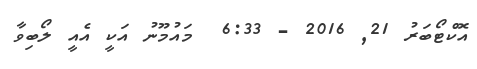
އޮކްޓޯބަރު 21